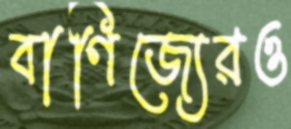
বাণিজ্যেরও